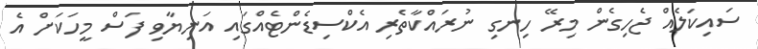
ސައިކަލެއް ޖެހިގެން މިރޭ ހިނގި ނުރައްކާތެރި އެކްސިޑެންޓެއްގައި އަނިޔާވި ފަސް މީހަކަށް އެ